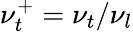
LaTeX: \nu_{t}^{+}=\nu_{t}/\nu_{l}